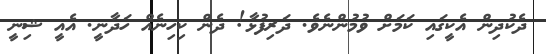
ދެކުދިން އެކީގައި ކަމަށް ވުމުންނެވެ. ދަރިފުޅާ! ދެން ކިހިނެއް ހަދާނީ. އެއީ ޝިނީ